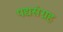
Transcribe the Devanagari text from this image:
पद्यसंग्रह